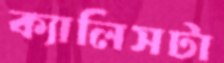
ক্যালিসটা